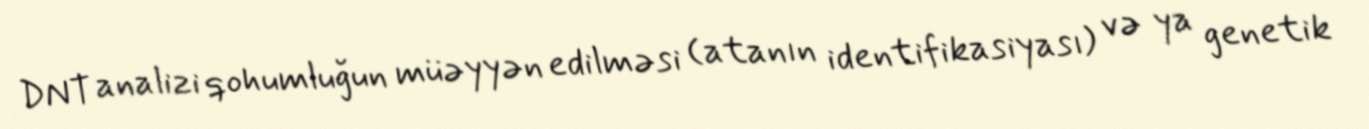
DNT analizi qohumluğun müəyyən edilməsi (atanın identifikasiyası) və ya genetik